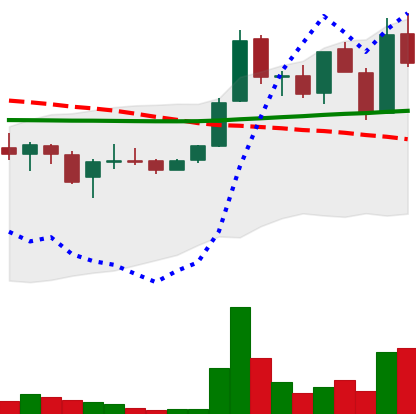
Ticker: LINK-USD
Chart end date: 2019-01-12
Forward return: 17.167%
Label: up_7plus